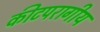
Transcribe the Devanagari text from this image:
कीटपरागीय